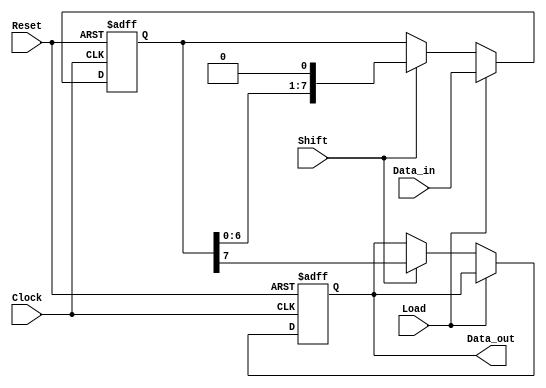
module PISO_Register #(
    parameter WIDTH = 8,       // Width of the data input bus
    parameter MSB_FIRST = 1    // 1 for MSB first, 0 for LSB first
)(
    input wire [WIDTH-1:0] Data_in,  // Parallel input bus
    input wire Load,                  // Load control signal
    input wire Shift,                 // Shift control signal
    input wire Clock,                 // Clock signal
    input wire Reset,                 // Asynchronous reset signal
    output reg Data_out               // Serial output
);

    // Internal registers to hold the data
    reg [WIDTH-1:0] shift_reg;

    always @(posedge Clock or posedge Reset) begin
        if (Reset) begin
            shift_reg <= {WIDTH{1'b0}}; // Clear the register
            Data_out <= 1'b0;           // Clear output
        end else if (Load) begin
            shift_reg <= Data_in;       // Load data into the shift register
        end else if (Shift) begin
            // Shift out the data
            if (MSB_FIRST) begin
                Data_out <= shift_reg[WIDTH-1]; // Output MSB
                shift_reg <= {shift_reg[WIDTH-2:0], 1'b0}; // Shift left
            end else begin
                Data_out <= shift_reg[0]; // Output LSB
                shift_reg <= {1'b0, shift_reg[WIDTH-1:1]}; // Shift right
            end
        end
    end

endmodule